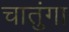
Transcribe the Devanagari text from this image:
चातुंगा